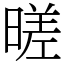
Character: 暛